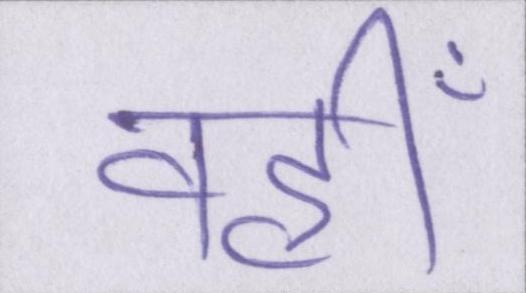
वहीँ